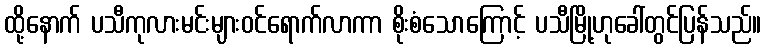
ထို့နောက် ပသီကုလားမင်းများဝင်ရောက်လာကာ စိုးစံသောကြောင့် ပသီမြို့ဟုခေါ်တွင်ပြန်သည်။